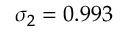
\sigma _ { 2 } = 0 . 9 9 3